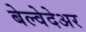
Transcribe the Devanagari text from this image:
बेल्वेदेअर